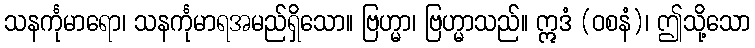
သနင်္ကုမာရော၊ သနင်္ကုမာရအမည်ရှိသော။ ဗြဟ္မာ၊ ဗြဟ္မာသည်။ ဣဒံ (ဝစနံ)၊ ဤသို့သော